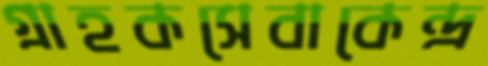
গ্রাহকসেবাকেন্দ্র